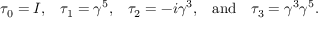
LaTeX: \begin{array} { c c c c c } { { \tau _ { 0 } = I , } } & { { \tau _ { 1 } = \gamma ^ { 5 } , } } & { { \tau _ { 2 } = - i \gamma ^ { 3 } , } } & { { \mathrm { a n d } } } & { { \tau _ { 3 } = \gamma ^ { 3 } \gamma ^ { 5 } . } } \end{array}